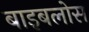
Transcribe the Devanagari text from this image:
बाइबलोस